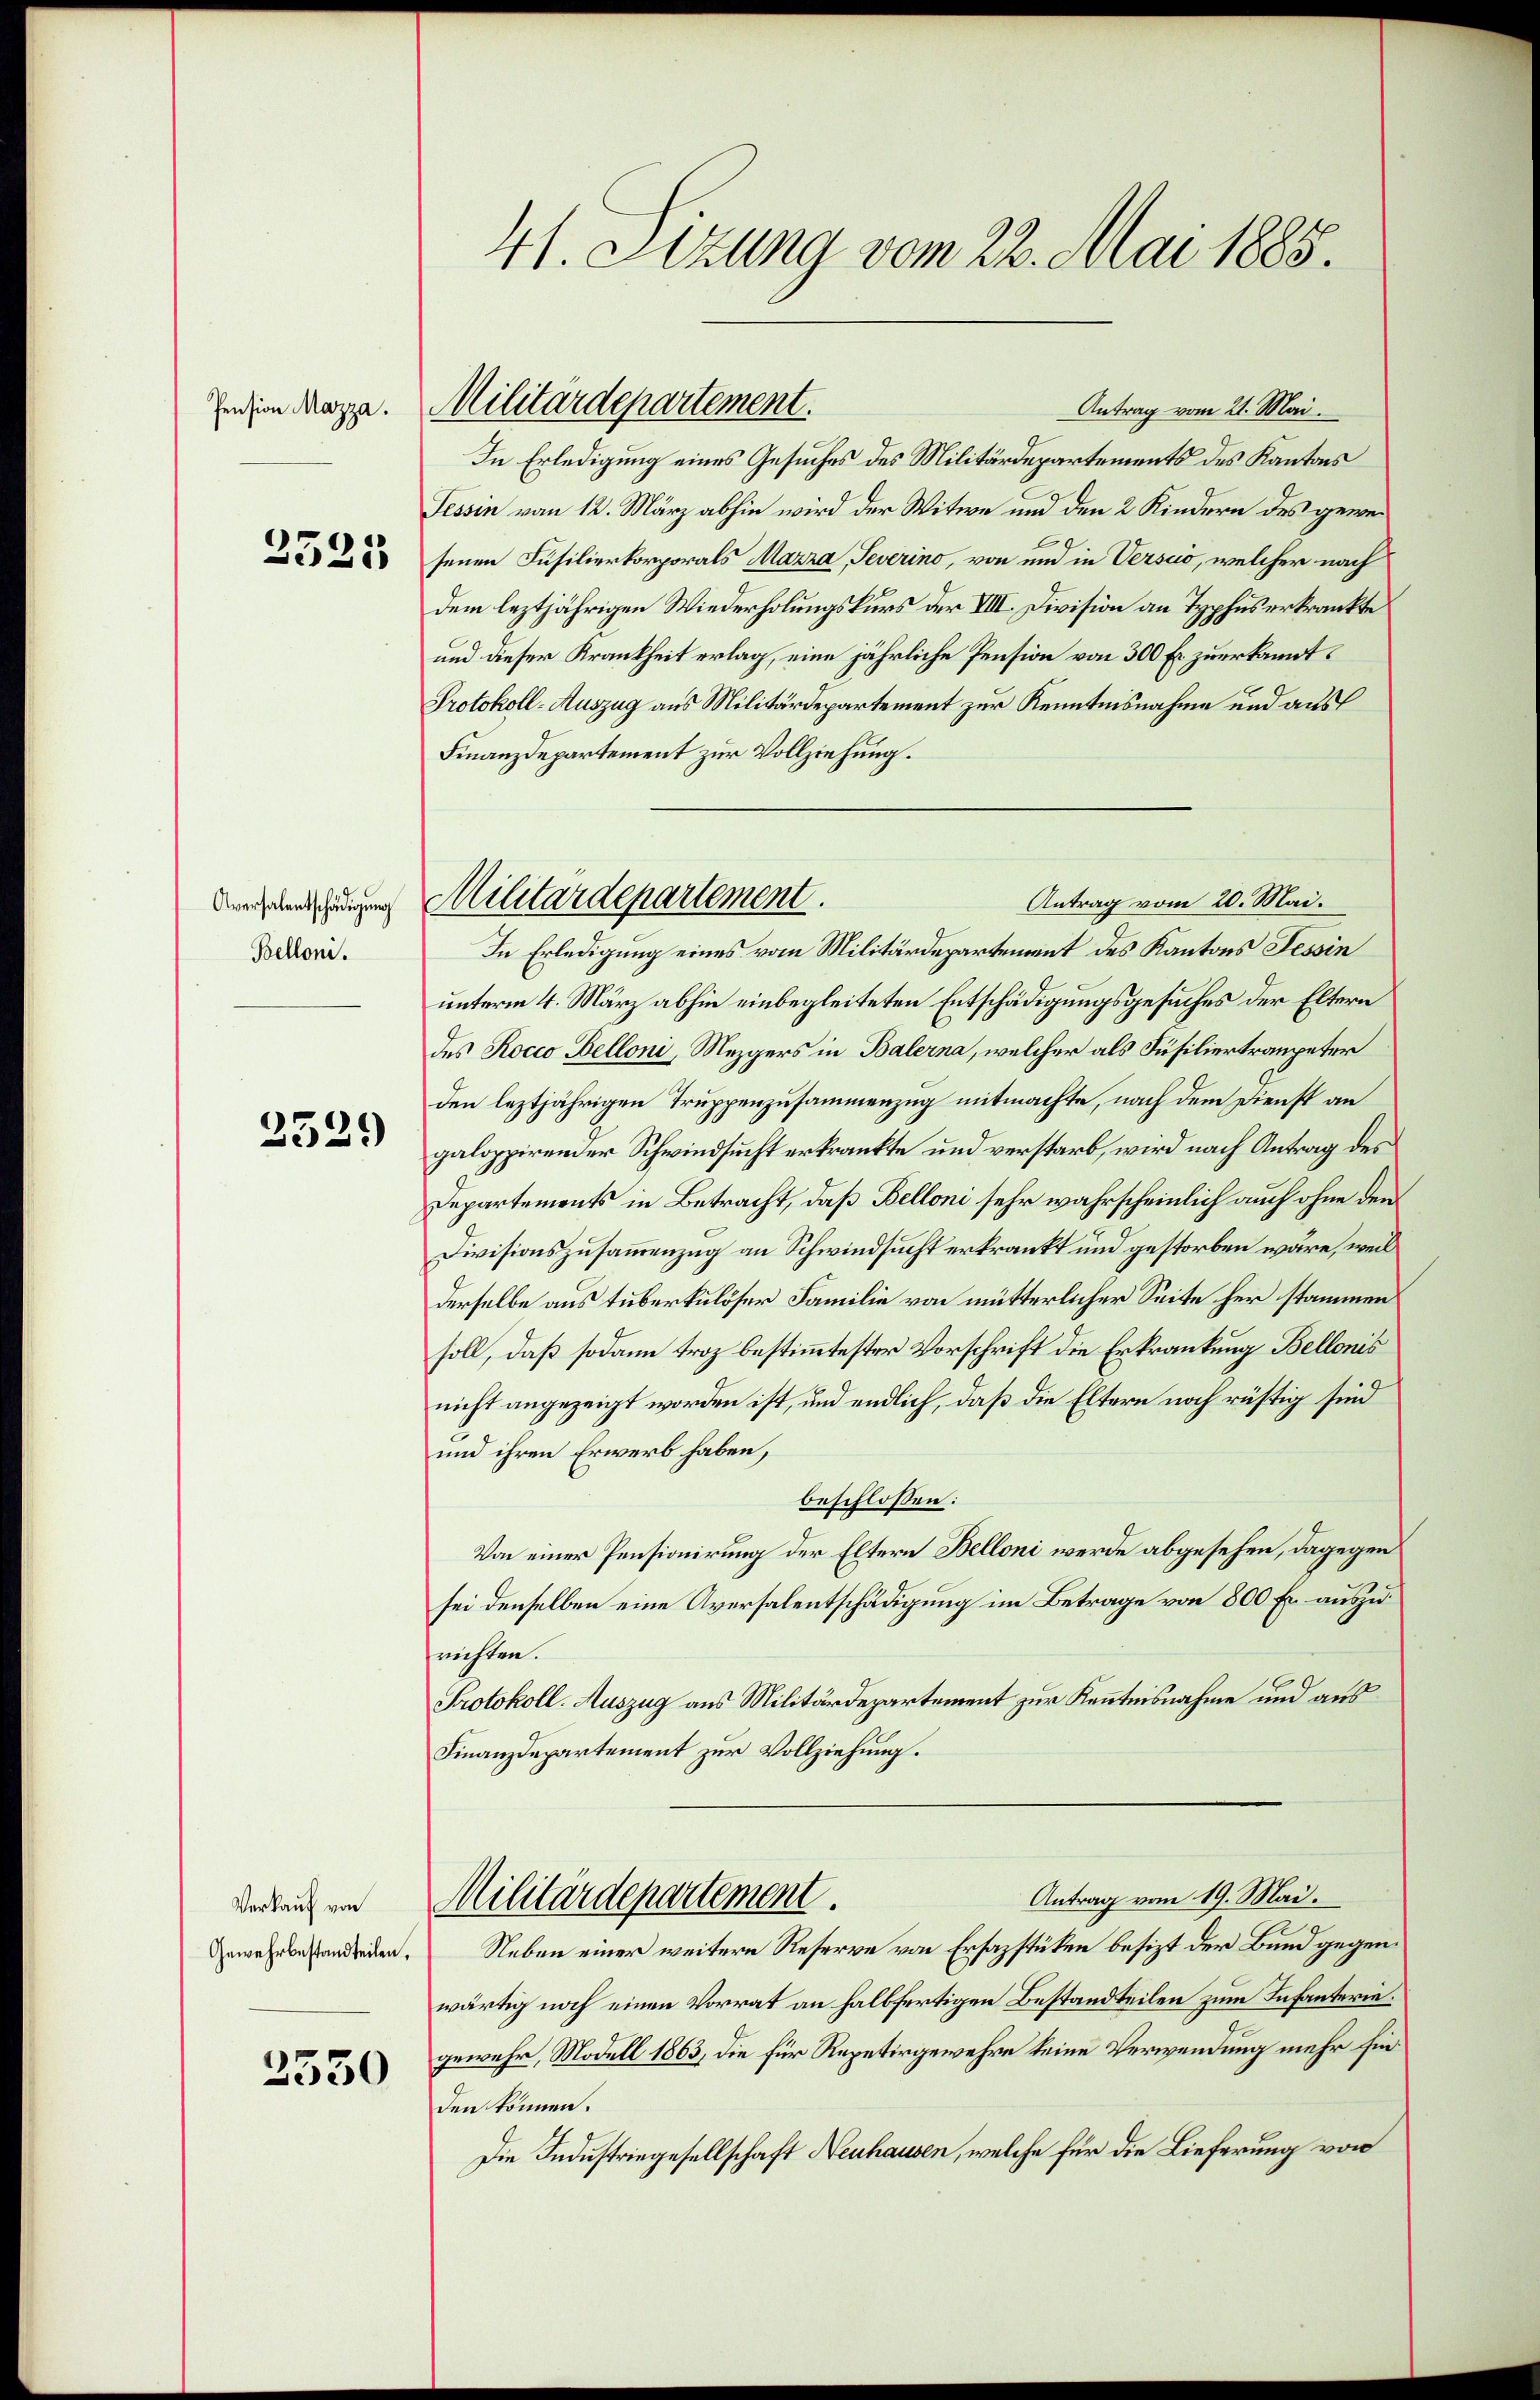
Pension Mazza.

2521

Aversalentschädigung
Belloni.

2529

Verkauf von
Gewehrbestandteilen.

2530

41. Sizung vom 22. Mai 1885.

Antrag vom 21. Mai.
In Erledigung eines Gesuches des Militärdepartements des Kantons
Tessin vom 12. März abhin wird der Witwe und den 2 Kindern des gewesenen Füsilierkorporals Mazza, Severino, von und in Versio, welcher nach
dem leztjährigen Wiederholungskurs der VIII. Division an Typhus erkränkte
und dieser Krankheit erlag, eine jährliche Pension von 300 Er zuerkannt:
Protokoll-Auszug aus Militärdepartement zur Kenntnisnahme und aus
Finanzdepartement zur Vollziehung.
In Erledigung eines vom Militärdepartement des Kantons Tessin
unterm 4. März abhin einbegleiteten Entschädigungsgesuches der Eltern
des Rocco Belloni, Mezgers in Balerna, welcher als Füsiliertraupeter
den leztjährigen Truppenzusammenzug mitmachte, nach dem Dienst an
galoppirender Schwindsucht erkränkte und verstarb, wird nach Antrag des
Departements in Betracht, daß Belloni sehr wahrscheinlich auch ohne den
Divisionszusammenzug an Schwindsucht erkrankt und gestorben wäre, weil
derselbe aus tuberkulöser Familie von mütterlicher Seite her stammen
soll, daß sodann troz bestimmtester Vorschrift die Erkrankung Bellonis
nicht angezeigt worden ist, und endlich, daß die Eltern noch rüstig sind
und ihren Erwerb haben,
beschlossen:
Von einer Pensionirung der Eltern Belloni werde abgesehen, dagegen
sei denselben eine Aversalentschädigung im Betrage von 800 Er auszurichten.
Protokoll. Auszug aus Militärdepartement zur Kenntnisnahme und aus
Finanzdepartement zur Vollziehung.
Antrag vom 19. Mai.
Militärdepartement.
Neben einer weitere Reserve von Ersazstüken besizt der Bund gegenwärtig noch einen Vorrat an halbfertigen Bestandteilen zum Infanteriegewehr, Modell 1863, die für Repetirgewehre keine Verwendung mehr hin
den können.
Die Industriegesellschaft Neuhausen, welche für die Lieferung von

Militärdepartement.

Antrag vom 20. Mai.
Militärdepartement.